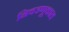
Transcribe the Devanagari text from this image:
निवडणूकात